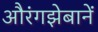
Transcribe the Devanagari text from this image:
औरंगझेबानें